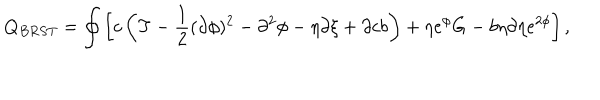
Q _ { B R S T } = \oint \left[ c \left( T - \frac { 1 } { 2 } ( \partial \phi ) ^ { 2 } - \partial ^ { 2 } \phi - \eta \partial \xi + \partial c b \right) + \eta e ^ { \phi } G - b \eta \partial \eta e ^ { 2 \phi } \right] ,